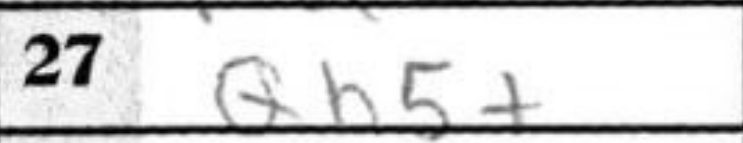
Transcription: Qh5+